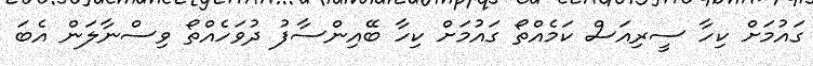
ގައުމަށް ކިހާ ސީރިއަސް ކަމެއްތޯ ގައުމަށް ކިހާ ބޭއިންސާފު ދުވަހެއްތޯ ވިސްނާލަން އެބަ